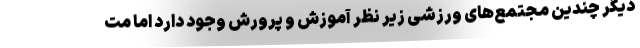
دیگر چندین مجتمع‌های ورزشی زیر نظر آموزش و پرورش وجود دارد اما مت